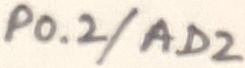
Text: P0.2/AD2